Lunatic asylums Central Provinces reports 1895-1909 - 1895-1909
Year: 1895
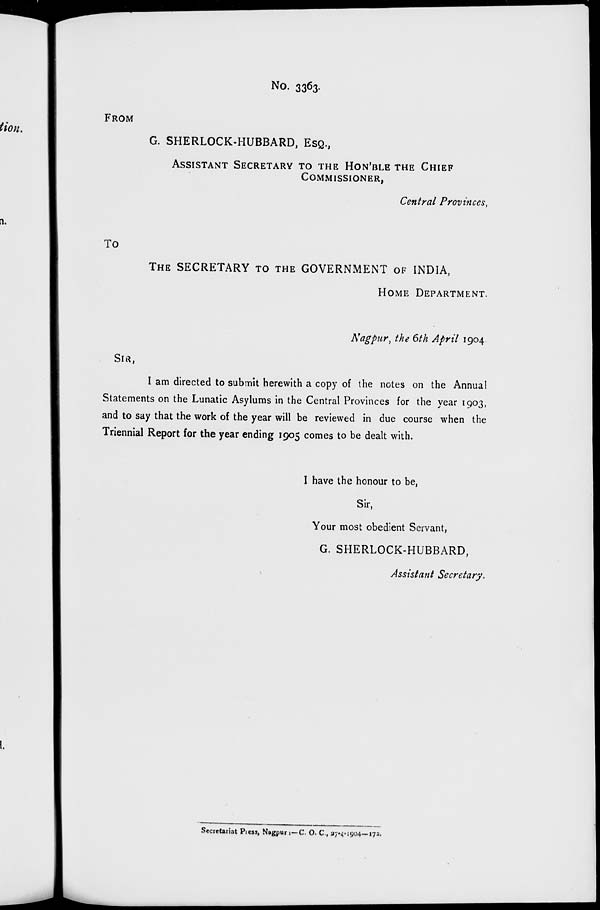
No. 3363-
FROM
G. SHERLOCK-HUBBARD, ESQ.,
ASSISTANT SECRETARY TO THE HON
COMMISSIONER,
Central Provinces,
TO
THE SECRETARY TO THE GOVERNMENT OF INDIA,
HOME DEPARTMENT.
Nagpur, the 6th April 1904.
SIR ,
I am directed to submit herewith a copy of the notes on the Annual
Statements on the Lunatic Asylums in the Central Provinces for the year 1903,
and to say that the work of the year will be reviewed in due course when the
Triennial Report for the year ending 1905 comes to be dealt with.
I have the honour to be,
Sir,
Your most obedient Servant,
G. SHERLOCK-HUBBARD,
Assistant Secretary.
Secretariat Press, Nagpur:— C. O. C., 27-4-1904 —172.